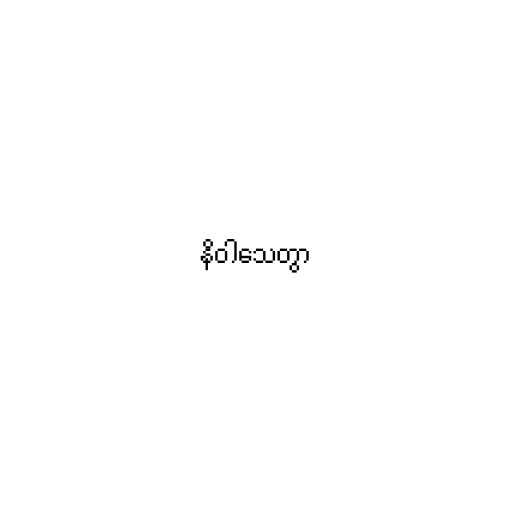
နိဝါသေတွာ